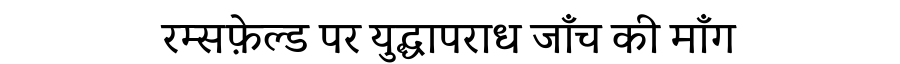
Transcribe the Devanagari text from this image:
रम्सफ़ेल्ड पर युद्धापराध जाँच की माँग